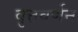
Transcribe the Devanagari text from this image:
वृत्तवर्णन